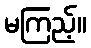
မကြည့်။